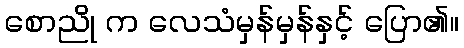
စောညို က လေသံမှန်မှန်နှင့် ပြော၏။